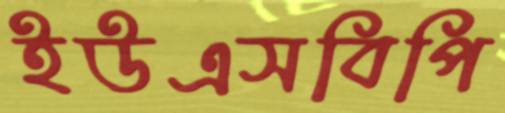
ইউএসবিপি